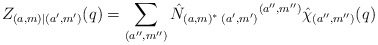
\begin{align*}Z_{(a,m)|(a',m')}(q)=\sum_{(a'',m'')} \hat N_{(a,m)^{*}\;(a',m')}{}^{(a'',m'')}\hat\chi_{(a'',m'')}(q) \end{align*}